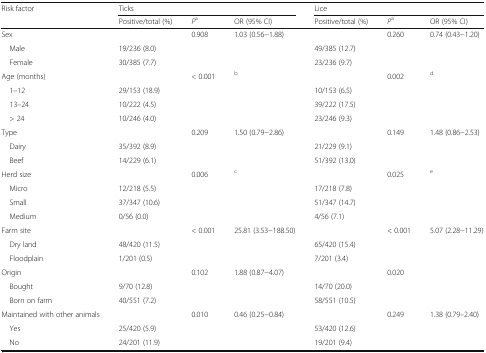
<table><thead><tr><td><b>Risk factor</b></td><td colspan="3"><b>Ticks</b></td><td colspan="3"><b>Lice</b></td></tr><tr><td></td><td><b>Positive/total (%)</b></td><td><b><i>P</i><sup>a</sup></b></td><td><b>OR (95% CI)</b></td><td><b>Positive/total (%)</b></td><td><b><i>P</i><sup>a</sup></b></td><td><b>OR (95% CI)</b></td></tr></thead><tbody><tr><td>Sex</td><td></td><td>0.908</td><td>1.03 (0.56−1.88)</td><td></td><td>0.260</td><td>0.74 (0.43−1.20)</td></tr><tr><td> Male</td><td>19/236 (8.0)</td><td></td><td></td><td>49/385 (12.7)</td><td></td><td></td></tr><tr><td> Female</td><td>30/385 (7.7)</td><td></td><td></td><td>23/236 (9.7)</td><td></td><td></td></tr><tr><td>Age (months)</td><td></td><td>&lt; 0.001</td><td><sup>b</sup></td><td></td><td>0.002</td><td><sup>d</sup></td></tr><tr><td> 1–12</td><td>29/153 (18.9)</td><td></td><td></td><td>10/153 (6.5)</td><td></td><td></td></tr><tr><td> 13–24</td><td>10/222 (4.5)</td><td></td><td></td><td>39/222 (17.5)</td><td></td><td></td></tr><tr><td> &gt; 24</td><td>10/246 (4.0)</td><td></td><td></td><td>23/246 (9.3)</td><td></td><td></td></tr><tr><td>Type</td><td></td><td>0.209</td><td>1.50 (0.79−2.86)</td><td></td><td>0.149</td><td>1.48 (0.86−2.53)</td></tr><tr><td> Dairy</td><td>35/392 (8.9)</td><td></td><td></td><td>21/229 (9.1)</td><td></td><td></td></tr><tr><td> Beef</td><td>14/229 (6.1)</td><td></td><td></td><td>51/392 (13.0)</td><td></td><td></td></tr><tr><td>Herd size</td><td></td><td>0.006</td><td><sup>c</sup></td><td></td><td>0.025</td><td><sup>e</sup></td></tr><tr><td> Micro</td><td>12/218 (5.5)</td><td></td><td></td><td>17/218 (7.8)</td><td></td><td></td></tr><tr><td> Small</td><td>37/347 (10.6)</td><td></td><td></td><td>51/347 (14.7)</td><td></td><td></td></tr><tr><td> Medium</td><td>0/56 (0.0)</td><td></td><td></td><td>4/56 (7.1)</td><td></td><td></td></tr><tr><td>Farm site</td><td></td><td>&lt; 0.001</td><td>25.81 (3.53−188.50)</td><td></td><td>&lt; 0.001</td><td>5.07 (2.28−11.29)</td></tr><tr><td> Dry land</td><td>48/420 (11.5)</td><td></td><td></td><td>65/420 (15.4)</td><td></td><td></td></tr><tr><td> Floodplain</td><td>1/201 (0.5)</td><td></td><td></td><td>7/201 (3.4)</td><td></td><td></td></tr><tr><td>Origin</td><td></td><td>0.102</td><td>1.88 (0.87−4.07)</td><td></td><td>0.020</td><td></td></tr><tr><td> Bought</td><td>9/70 (12.8)</td><td></td><td></td><td>14/70 (20.0)</td><td></td><td></td></tr><tr><td> Born on farm</td><td>40/551 (7.2)</td><td></td><td></td><td>58/551 (10.5)</td><td></td><td></td></tr><tr><td>Maintained with other animals</td><td></td><td>0.010</td><td>0.46 (0.25−0.84)</td><td></td><td>0.249</td><td>1.38 (0.79–2.40)</td></tr><tr><td> Yes</td><td>25/420 (5.9)</td><td></td><td></td><td>53/420 (12.6)</td><td></td><td></td></tr><tr><td> No</td><td>24/201 (11.9)</td><td></td><td></td><td>19/201 (9.4)</td><td></td><td></td></tr></tbody></table>